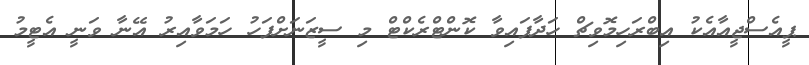
ޕީއެސްޖީއާއެކު އިބްރަހިމޮވިޗް ހަދާފައިވާ ކޮންޓްރެކްޓް މި ސީޒަނަށްފަހު ހަމަވާއިރު އޭނާ ވަނީ އެޓީމު